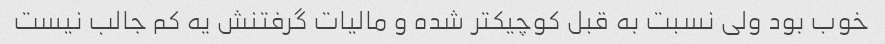
خوب بود ولی نسبت به قبل کوچیکتر شده و مالیات گرفتنش یه کم جالب نیست